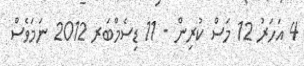
4 އަހަރު 12 މަސް ކުރިން - 11 ޑިސެމްބަރ 2012 ނަމަވެސް